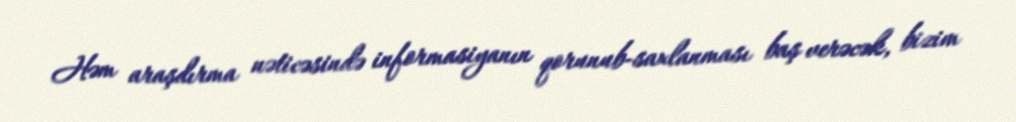
Həm araşdırma nəticəsində informasiyanın qorunub-saxlanması baş verəcək, bizim